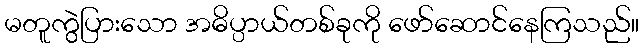
မတူကွဲပြားသော အဓိပ္ပာယ်တစ်ခုကို ဖော်ဆောင်နေကြသည်။